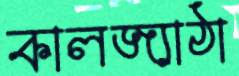
কালজ্যাঠা